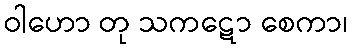
ဝါဟော တု သကဋော စေကာ၊